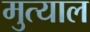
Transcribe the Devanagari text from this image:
मुत्याल